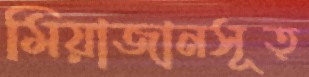
মিয়াজানসূত্